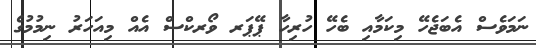
ނަމަވެސް އެބަޖެހޭ މިކަމާއި ބެހޭ ހުރިހާ ޕޭޕަރ ވޯރކްސް އެއް މިއަހަރު ނިމުމުގެ